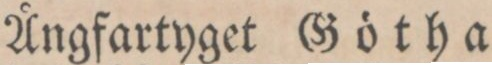
Ångfartyget Götha